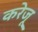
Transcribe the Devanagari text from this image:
करेजू